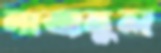
নাজমুল